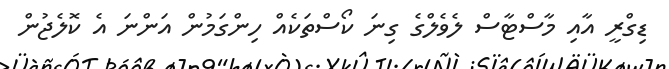
ޑިގްރީ އާއި މާސްޓާސް ލެވެލްގެ ގިނަ ކޯސްތަކެއް ހިންގަމުން އަންނަ އެ ކޮލެޖުން